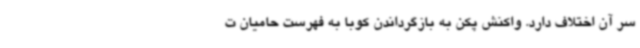
سر آن اختلاف دارد. واکنش پکن به بازگرداندن کوبا به فهرست حامیان ت